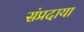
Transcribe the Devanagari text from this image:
संप्रदाया